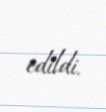
edildi.